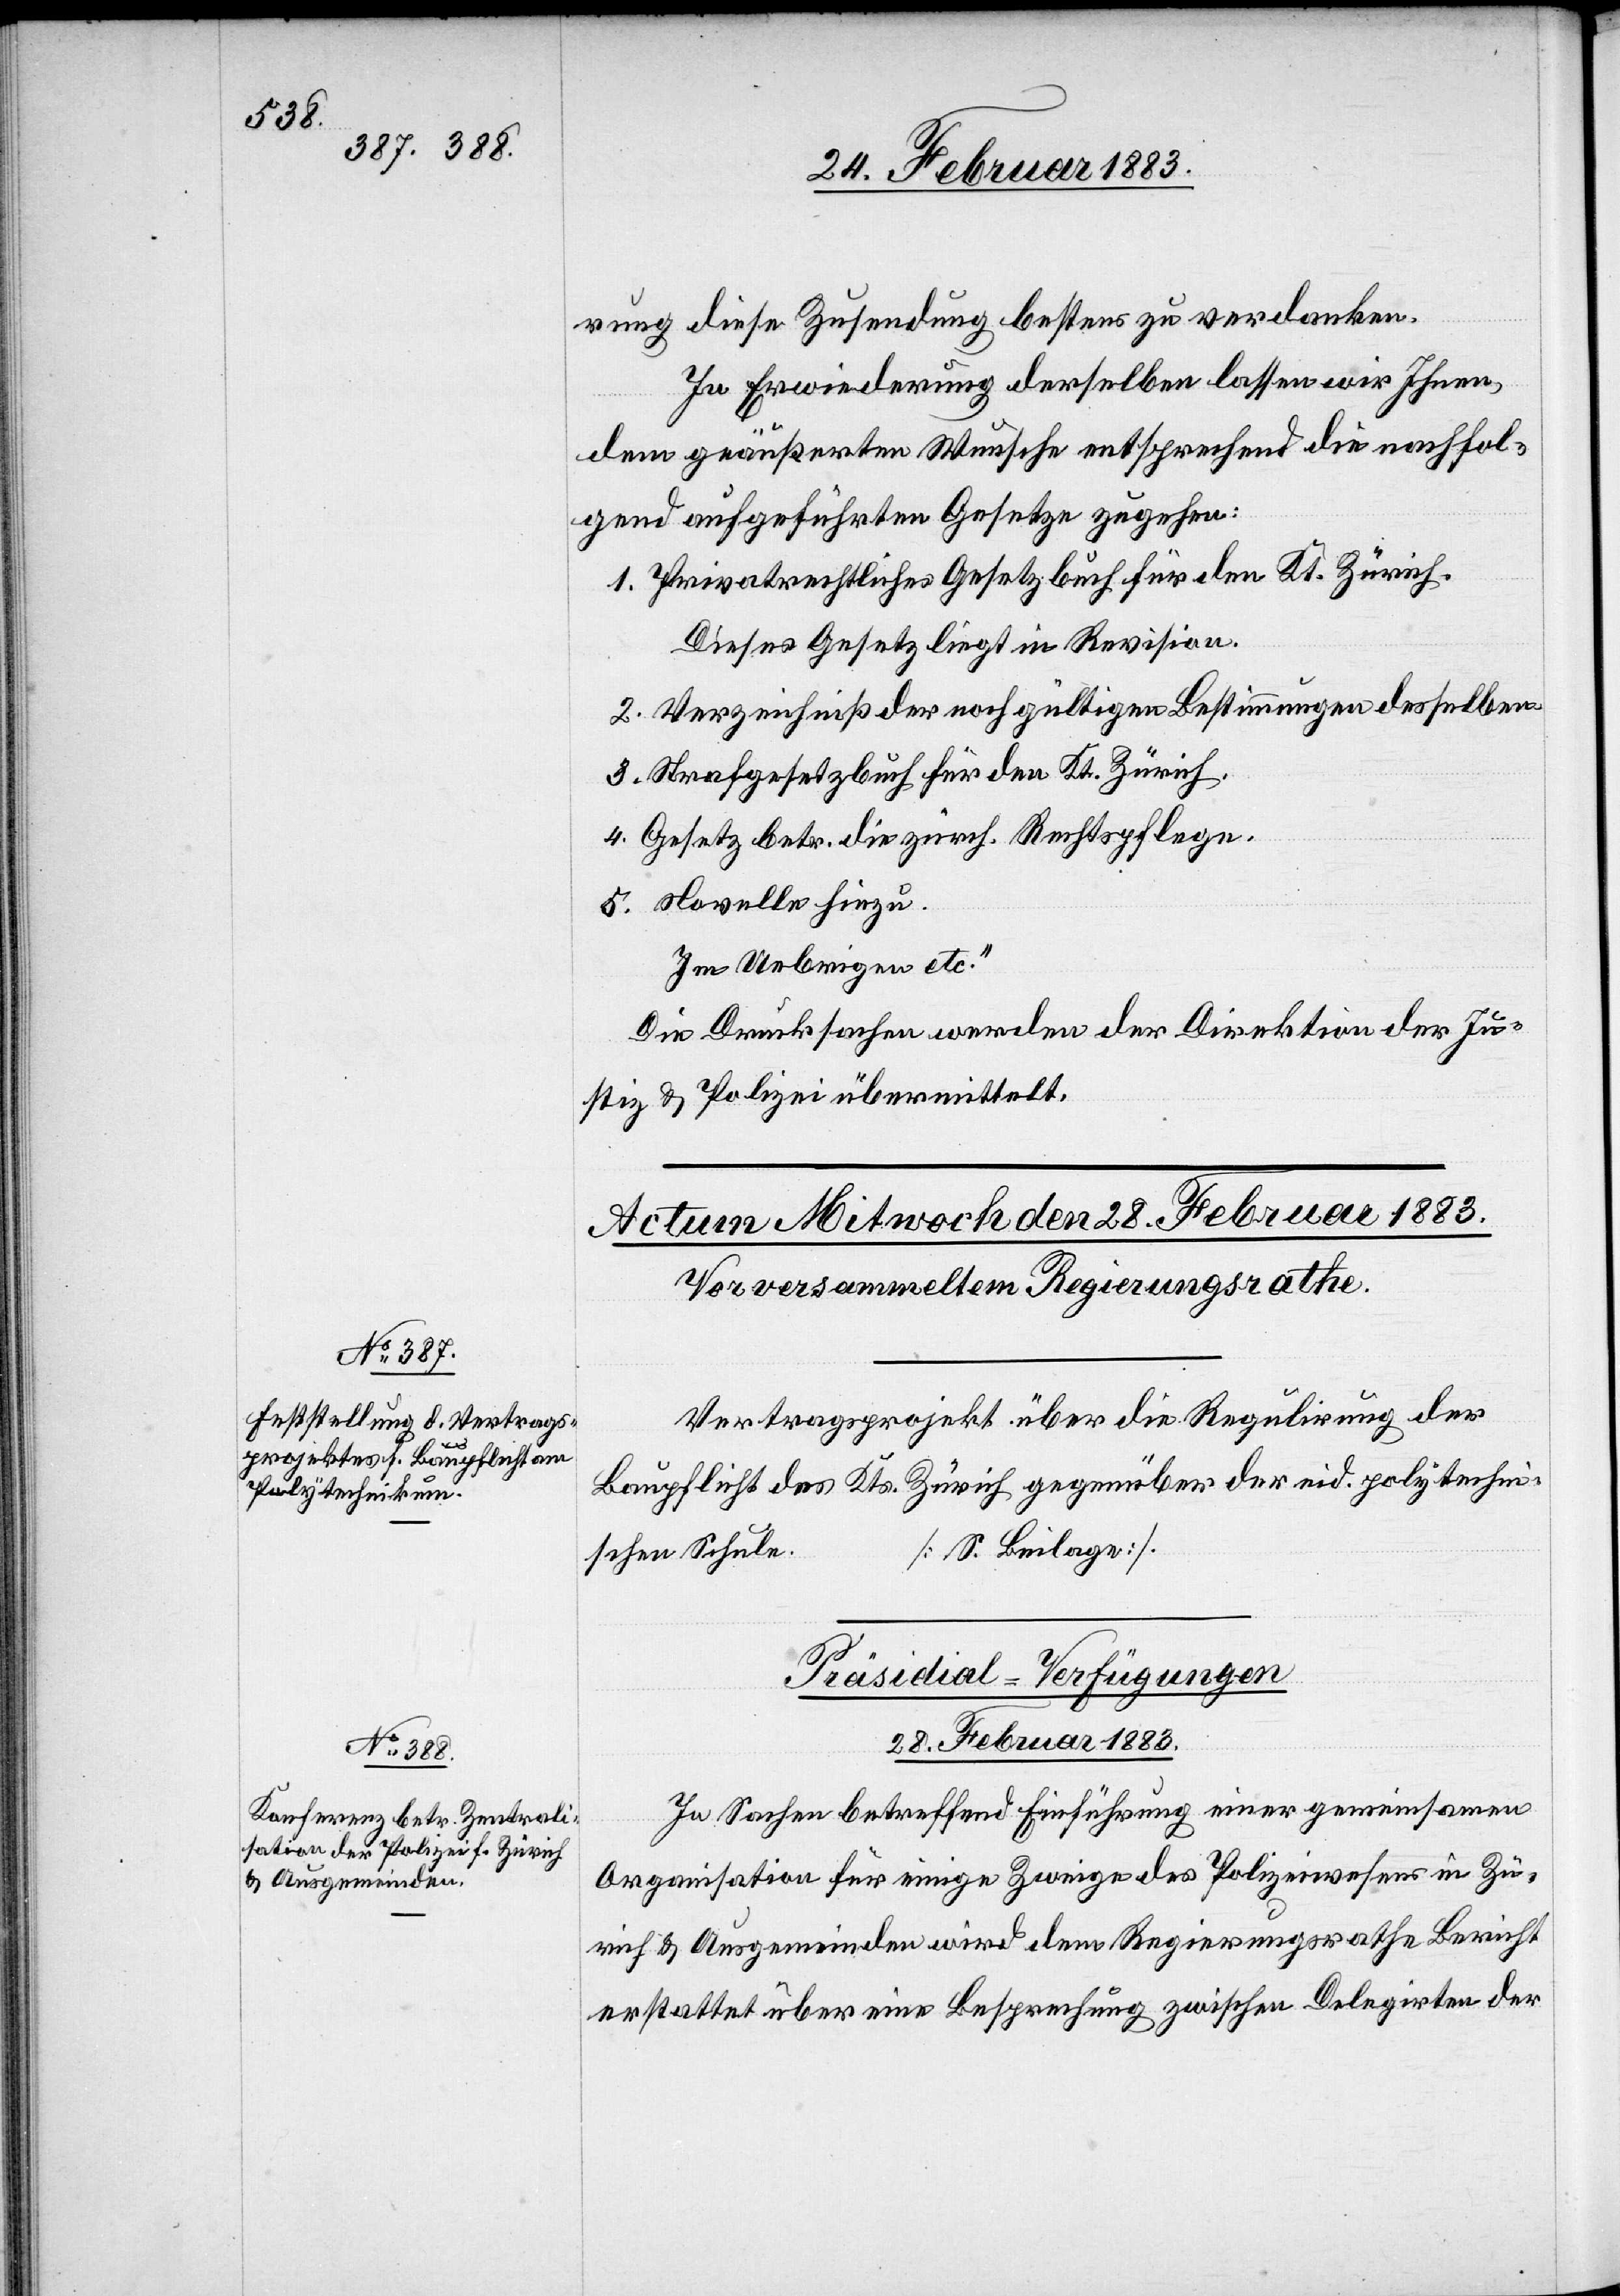
rung diese Zusendung bestens zu verdanken.
In Erwiederung derselben lassen wir Ihnen,
dem geäußerten Wunsche entsprechend die nachfol¬
gend aufgeführten Gesetze zugehen:
1. Privatrechtliches Gesetzbuch für den Kt. Zürich.
Dieses Gesetz liegt in Revision.
2. Verzeichniß der noch gültigen Bestimmungen desselben.
3. Strafgesetzbuch für den Kt. Zürich.
4. Gesetz betr. die zürch. Rechtspflege.
5. Novelle hiezu.
Im Uebrigen etc.“
Die Drucksachen werden der Direktion der Ju¬
stiz & Polizei übermittelt.
Vertragsprojekt über die Regulirung der
Baupflicht des Kts. Zürich gegenüber der eid. polytechni¬
[S. Beilage].
schen Schule.
Präsidial-Verfügungen
28. Februar 1883.
In Sachen betreffend Einführung einer gemeinsamen
Organisation für einige Zweige des Polizeiwesens in Zü¬
rich & Ausgemeinden wird dem Regierungsrathe Bericht
erstattet über eine Besprechung zwischen Delegirten der